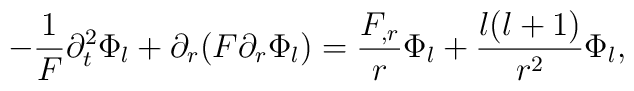
-\frac{1}{F}\partial_t^2\Phi_l+\partial_r(F\partial_r\Phi_l)=\frac{F_{,r}}{r}\Phi_l+\frac{l(l+1)}{r^2}\Phi_l,